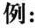
例：